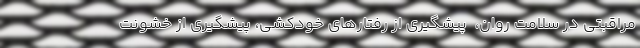
مراقبتی در سلامت روان، ‌ پیشگیری از رفتارهای خودکشی، پیشگیری از خشونت